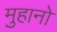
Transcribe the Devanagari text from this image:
मुहानो